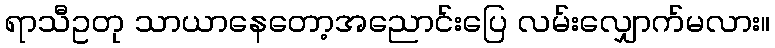
ရာသီဥတု သာယာနေတော့အညောင်းပြေ လမ်းလျှောက်မလား။